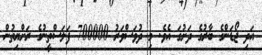
އަދި ޖޯޑަންގެ ބާރުގެ ދަށުގަ އެވެ. މި ދުވަސްވަރު 700000 ފަލަސްތީނުގެ ރަށްޔިތުން